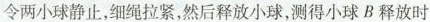
令两小球静止，细绳拉紧，然后释放小球，测得小球 B 释放时